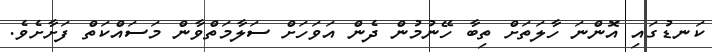
ކަނޑުގައި އޮންނަ ހާލަތަށް ތިބާ ހޭނުމުން ދެން އަވަހަށް ސަލާމަތްވާން މަސައްކަތް ފަށާށެވެ.